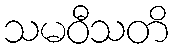
သမဝီသတိ